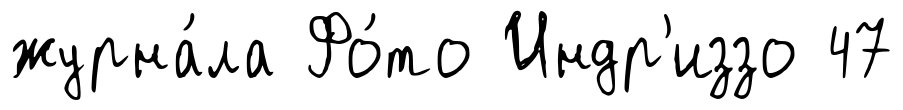
журна́ла Фо́то Индр'иззо 47